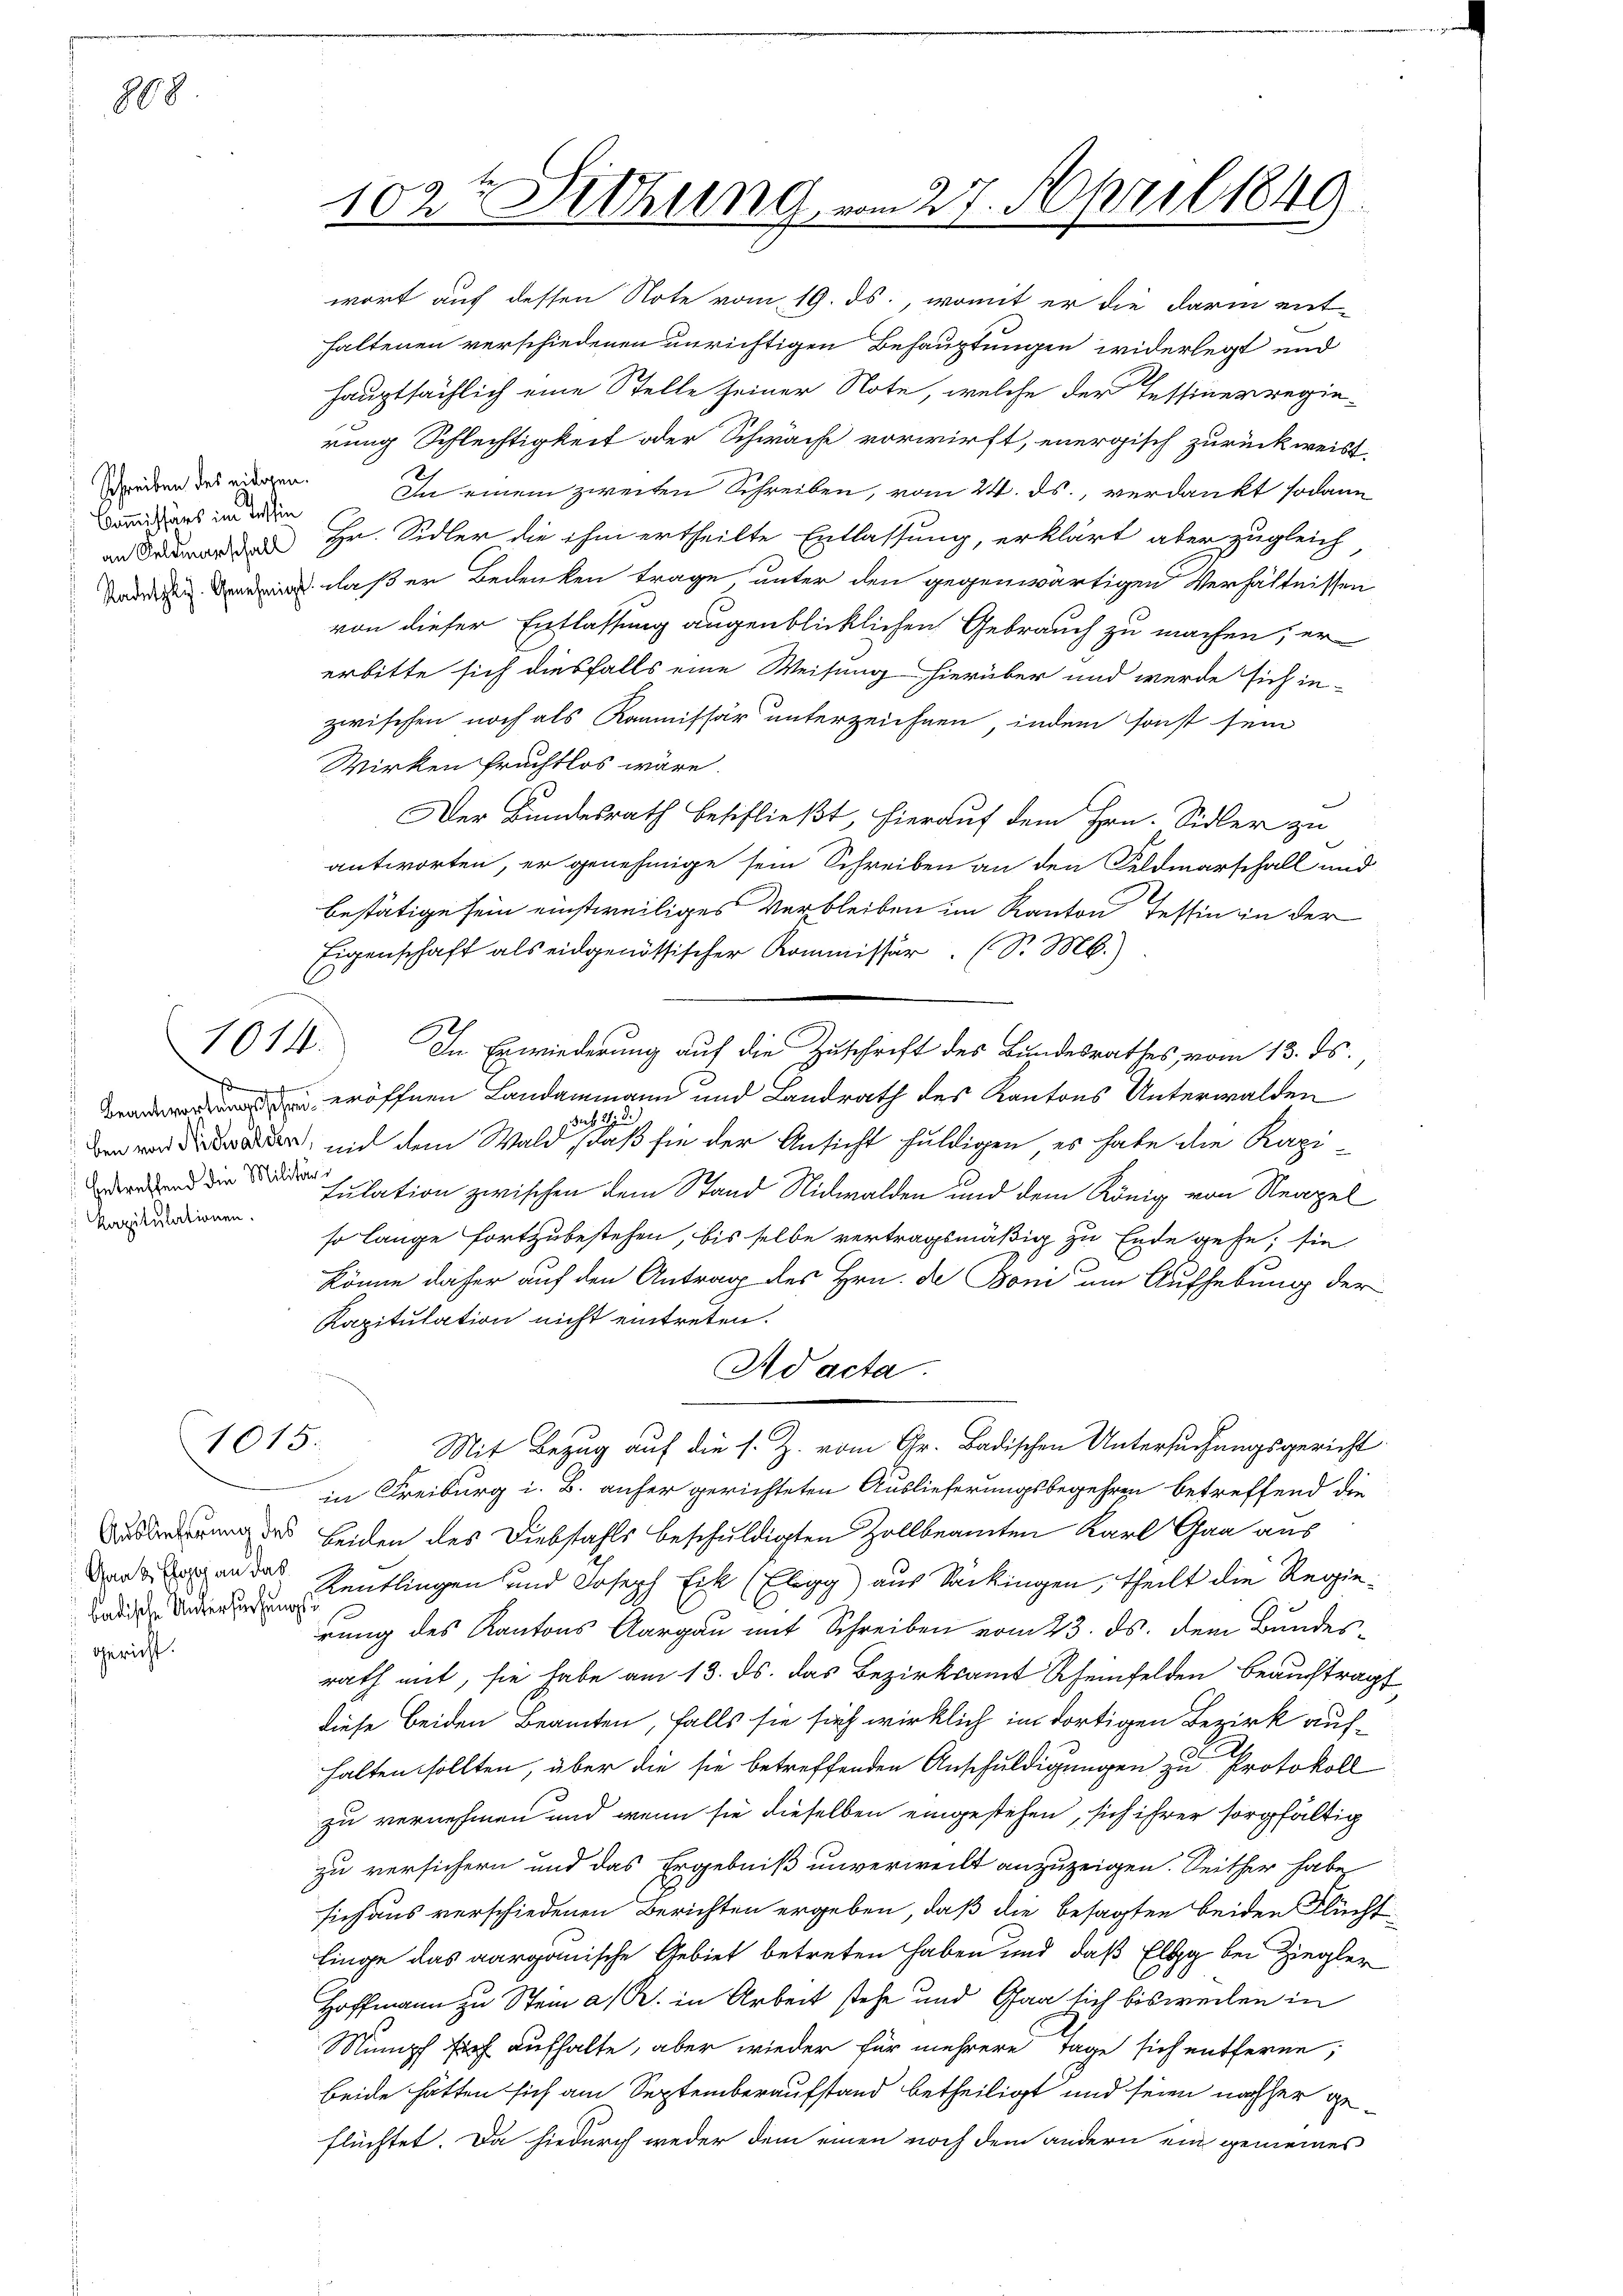
888

Schreiben des eidgen.
Commissärs im Tessin

B
kapitulationen.

Gaad hoc an das
gericht.

1014.

1015.

102t Sitzung vom 27. April 1849.

wort auf dessen Note vom 19. ds., womit er die darin ent-
haltenen verschiedenen unrichtigen Behauptungen widerlegt und
hauptsächlich eine Stelle seiner Note, welche der Tessiner regierung Schlechtigkeit oder Schwäche vorwirft, energisch zurückweist,
In einem zweiten Schreiben, vom 24. ds., verdankt sodann
an Hr. Sidler die ihm ertheilte Entlassung, erklärt aber zugleich
 daß er Bedenken trage unter den gegenwärtigen Verhältnissen
von dieser Entlassung augenblicklichen Gebrauch zu machen, er
erbitte sich diesfalls eine Weisung hierüber und werde sich in
zwischen noch als Kommissär unterzeichnen, indem sonst sein
Wirken fruchtlos wäre.
Der Bundesrath beschließt, hierauf dem Hrn. Sidler zu
antworten, er genehmige sein Schreiben an den Feldmarschall und
bestätige sein einstweiliges Verbleiben im Kanton Tessin in der
Eigenschaft als eidgenössischer Kommissär (S. M.)
In Erwiederung auf die Zuschrift des Bundesrathes vom 13. ds.,
 eröffnen Landammann und Landrath des Kantons Unterwalden
sah. d. d.
r, mit dem Wald, daß sie der Ansicht huldigen, es habe die Kapissation zwischen dem Stand Nidwalden und dem König von Neapel
so lange fortzubestehen, bis selbe vertragsmäßig zu Ende gehe, sie
könne daher auf den Antrag des Hrn. De Boni um Aufhebung der
Kapitulation nicht eintreten.
Ad acta.
Mit Bezug auf die s. Z. vom Gr. Badischen Untersuchungsgericht
in Freiburg i. B. anher gerichteten Auslieferungsbegehren betreffend die
drung des Leiden des Diebstahls beschuldigten Zollbeamten Karl Gaa aus
dentlingen und Joseph Eik (Elgg aus Sackingen, theilt die Regie¬
3
rung des Kantons Aargau mit Schreiben vom 23. ds. dem Bundesrath mit, sie habe am 13. ds. das Bezirksamt Scheinfelden beauftragt
diese beiden Beamten, falls sie sich wirklich im dortigen Bezirk auf¬
.
halten sollten, über die sie betreffenden Anschuldigungen zu Protokoll
zu vernehmen und wenn sie dieselben eingestehen, sich ihrer sorgfältig
zu versichern und das Ergebniß unverweilt anzuzeigen. Seither habe
sich aus verschiedenen Berichten ergeben, daß die besagten beiden Flücht
linge das aargauische Gebiet betreten haben und daß Elgg bei Ziegler
Hoffmann zu Stein a/Rh. in Arbeit stehe und Gaa sich bisweilen in
Mumpf sich aufhalte, aber wieder für mehrere Tage sich entferne;
beide hätten sich am Septemberaufstand betheiligt und seien nachher geflüchtet. Da hiedurch weder dem einen noch dem andern ein gemeines